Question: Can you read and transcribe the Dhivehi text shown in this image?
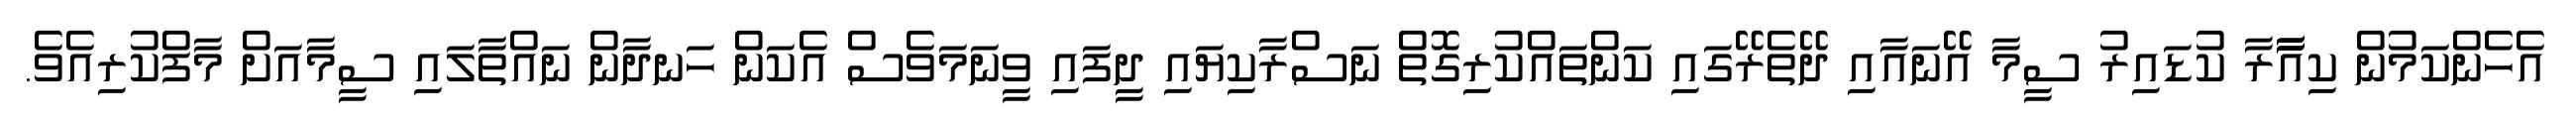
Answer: އެހެންކަމުން ކިއާާާާރާ ކުޑައިރު ސީމާ އޭނައާއި ދޭތެރޭގައި ކަންތައްކުރިގޮތް ނަސްރާކިޔައި ދީފައި ވީނަމަވެސް އެކަން ހަނދާން ނައްތާލައި ސީމާއަށް މާފްކުރިއެވެ.